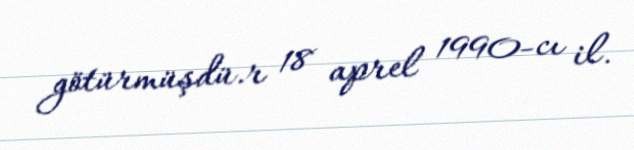
götürmüşdü.r 18 aprel 1990-cı il.